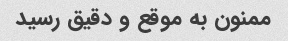
ممنون به موقع و دقیق رسید